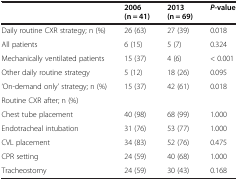
|  | 2006 (n = 41) | 2013 (n = 69) | P-value |
 | --- | --- | --- | --- |
 | Daily routine CXR strategy; n (%) | 26 (63) | 27 (39) | 0.018 |
 | All patients | 6 (15) | 5 (7) | 0.324 |
 | Mechanically ventilated patients | 15 (37) | 4 (6) | < 0.001 |
 | Other daily routine strategy | 5 (12) | 18 (26) | 0.095 |
 | ‘On-demand only’ strategy; n (%) | 15 (37) | 42 (61) | 0.018 |
 | Routine CXR after; n (%) |  |  |  |
 | Chest tube placement | 40 (98) | 68 (99) | 1.000 |
 | Endotracheal intubation | 31 (76) | 53 (77) | 1.000 |
 | CVL placement | 34 (83) | 52 (76) | 0.475 |
 | CPR setting | 24 (59) | 40 (68) | 1.000 |
 | Tracheostomy | 24 (59) | 30 (43) | 0.168 |